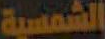
الشمسية